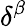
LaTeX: \delta^{\beta}